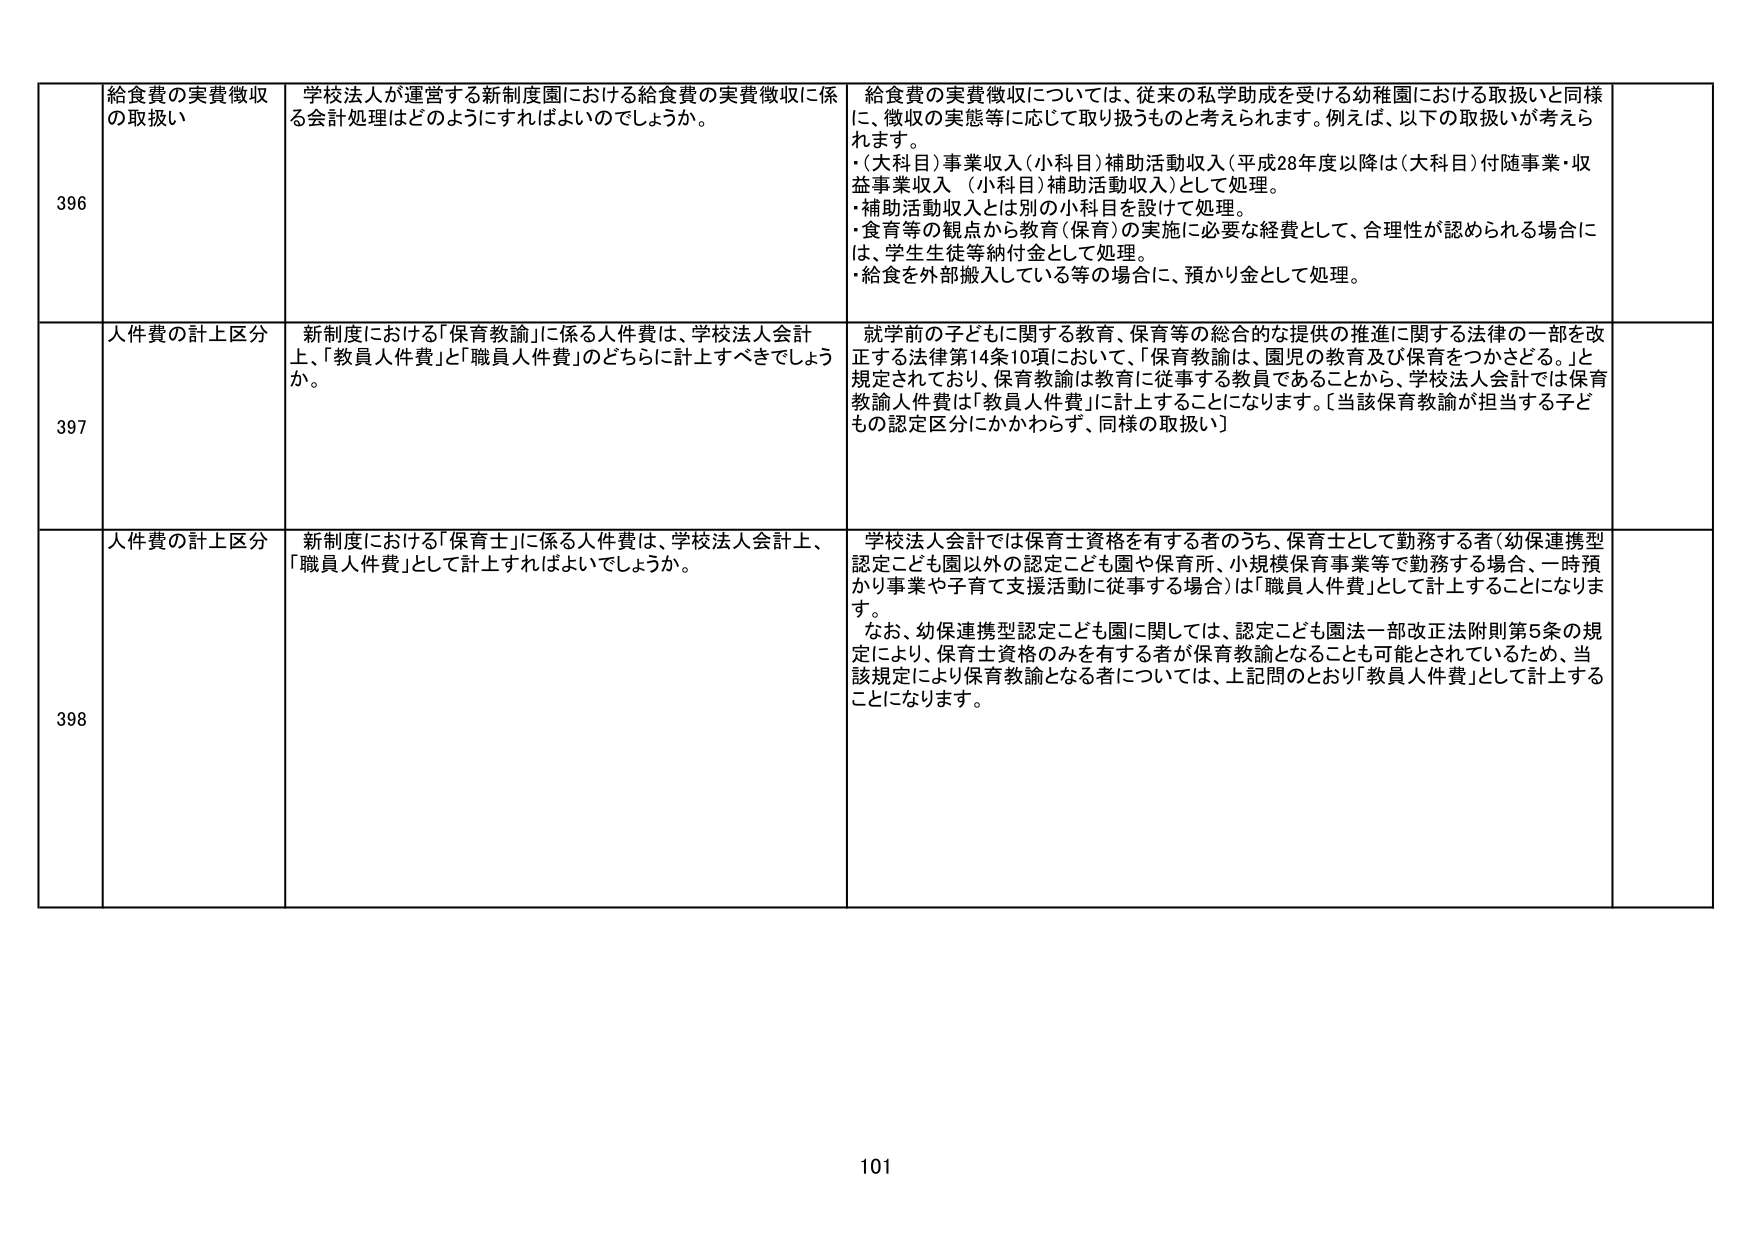
396 給食費の実費徴収の取扱い 学校法人が運営する新制度園における給食費の実費徴収に係る会計処理はどのようにすればよいのでしょうか。 給食費の実費徴収については、従来の私学助成を受ける幼稚園における取扱いと同様に、徴収の実態等に応じて取り扱うものと考えられます。例えば、以下の取扱いが考えられます。 ・(大科目)事業収入(小科目)補助活動収入(平成28年度以降は(大科目)付随事業・収益事業収入 (小科目)補助活動収入)として処理。 ・補助活動収入とは別の小科目を設けて処理。 ・食育等の観点から教育(保育)の実施に必要な経費として、合理性が認められる場合には、学生生徒等納付金として処理。 ・給食を外部搬入している等の場合に、預かり金として処理。

397 人件費の計上区分 新制度における「保育教諭」に係る人件費は、学校法人会計上、「教員人件費」と「職員人件費」のどちらに計上すべきでしょうか。 就学前の子どもに関する教育、保育等の総合的な提供の推進に関する法律の一部を改正する法律第14条10項において、「保育教諭は、園児の教育及び保育をつかさどる。」と規定されており、保育教諭は教育に従事する教員であることから、学校法人会計では保育教諭人件費は「教員人件費」に計上することになります。〔当該保育教諭が担当する子どもの認定区分にかかわらず、同様の取扱い〕

398 人件費の計上区分 新制度における「保育士」に係る人件費は、学校法人会計上、「職員人件費」として計上すればよいでしょうか。 学校法人会計では保育士資格を有する者のうち、保育士として勤務する者(幼保連携型認定こども園以外の認定こども園や保育所、小規模保育事業等で勤務する場合、一時預かり事業や子育て支援活動に従事する場合)は「職員人件費」として計上することになります。 なお、幼保連携型認定こども園に関しては、認定こども園法一部改正法附則第5条の規定により、保育士資格のみを有する者が保育教諭となることも可能とされているため、当該規定により保育教諭となる者については、上記問のとおり「教員人件費」として計上することになります。

101